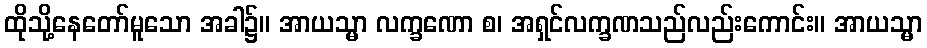
ထိုသို့နေတော်မူသော အခါ၌။ အာယသ္မာ လက္ခဏော စ၊ အရှင်လက္ခဏသည်လည်းကောင်း။ အာယသ္မာ